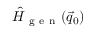
\hat { H } _ { \mathrm { ~ g ~ e ~ n ~ } } ( \vec { q } _ { 0 } )